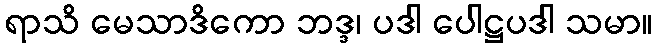
ရာသိ မေသာဒိကော ဘဒ္ဒ၊ ပဒါ ပေါဋ္ဌပဒါ သမာ။